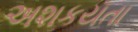
અશકયતા